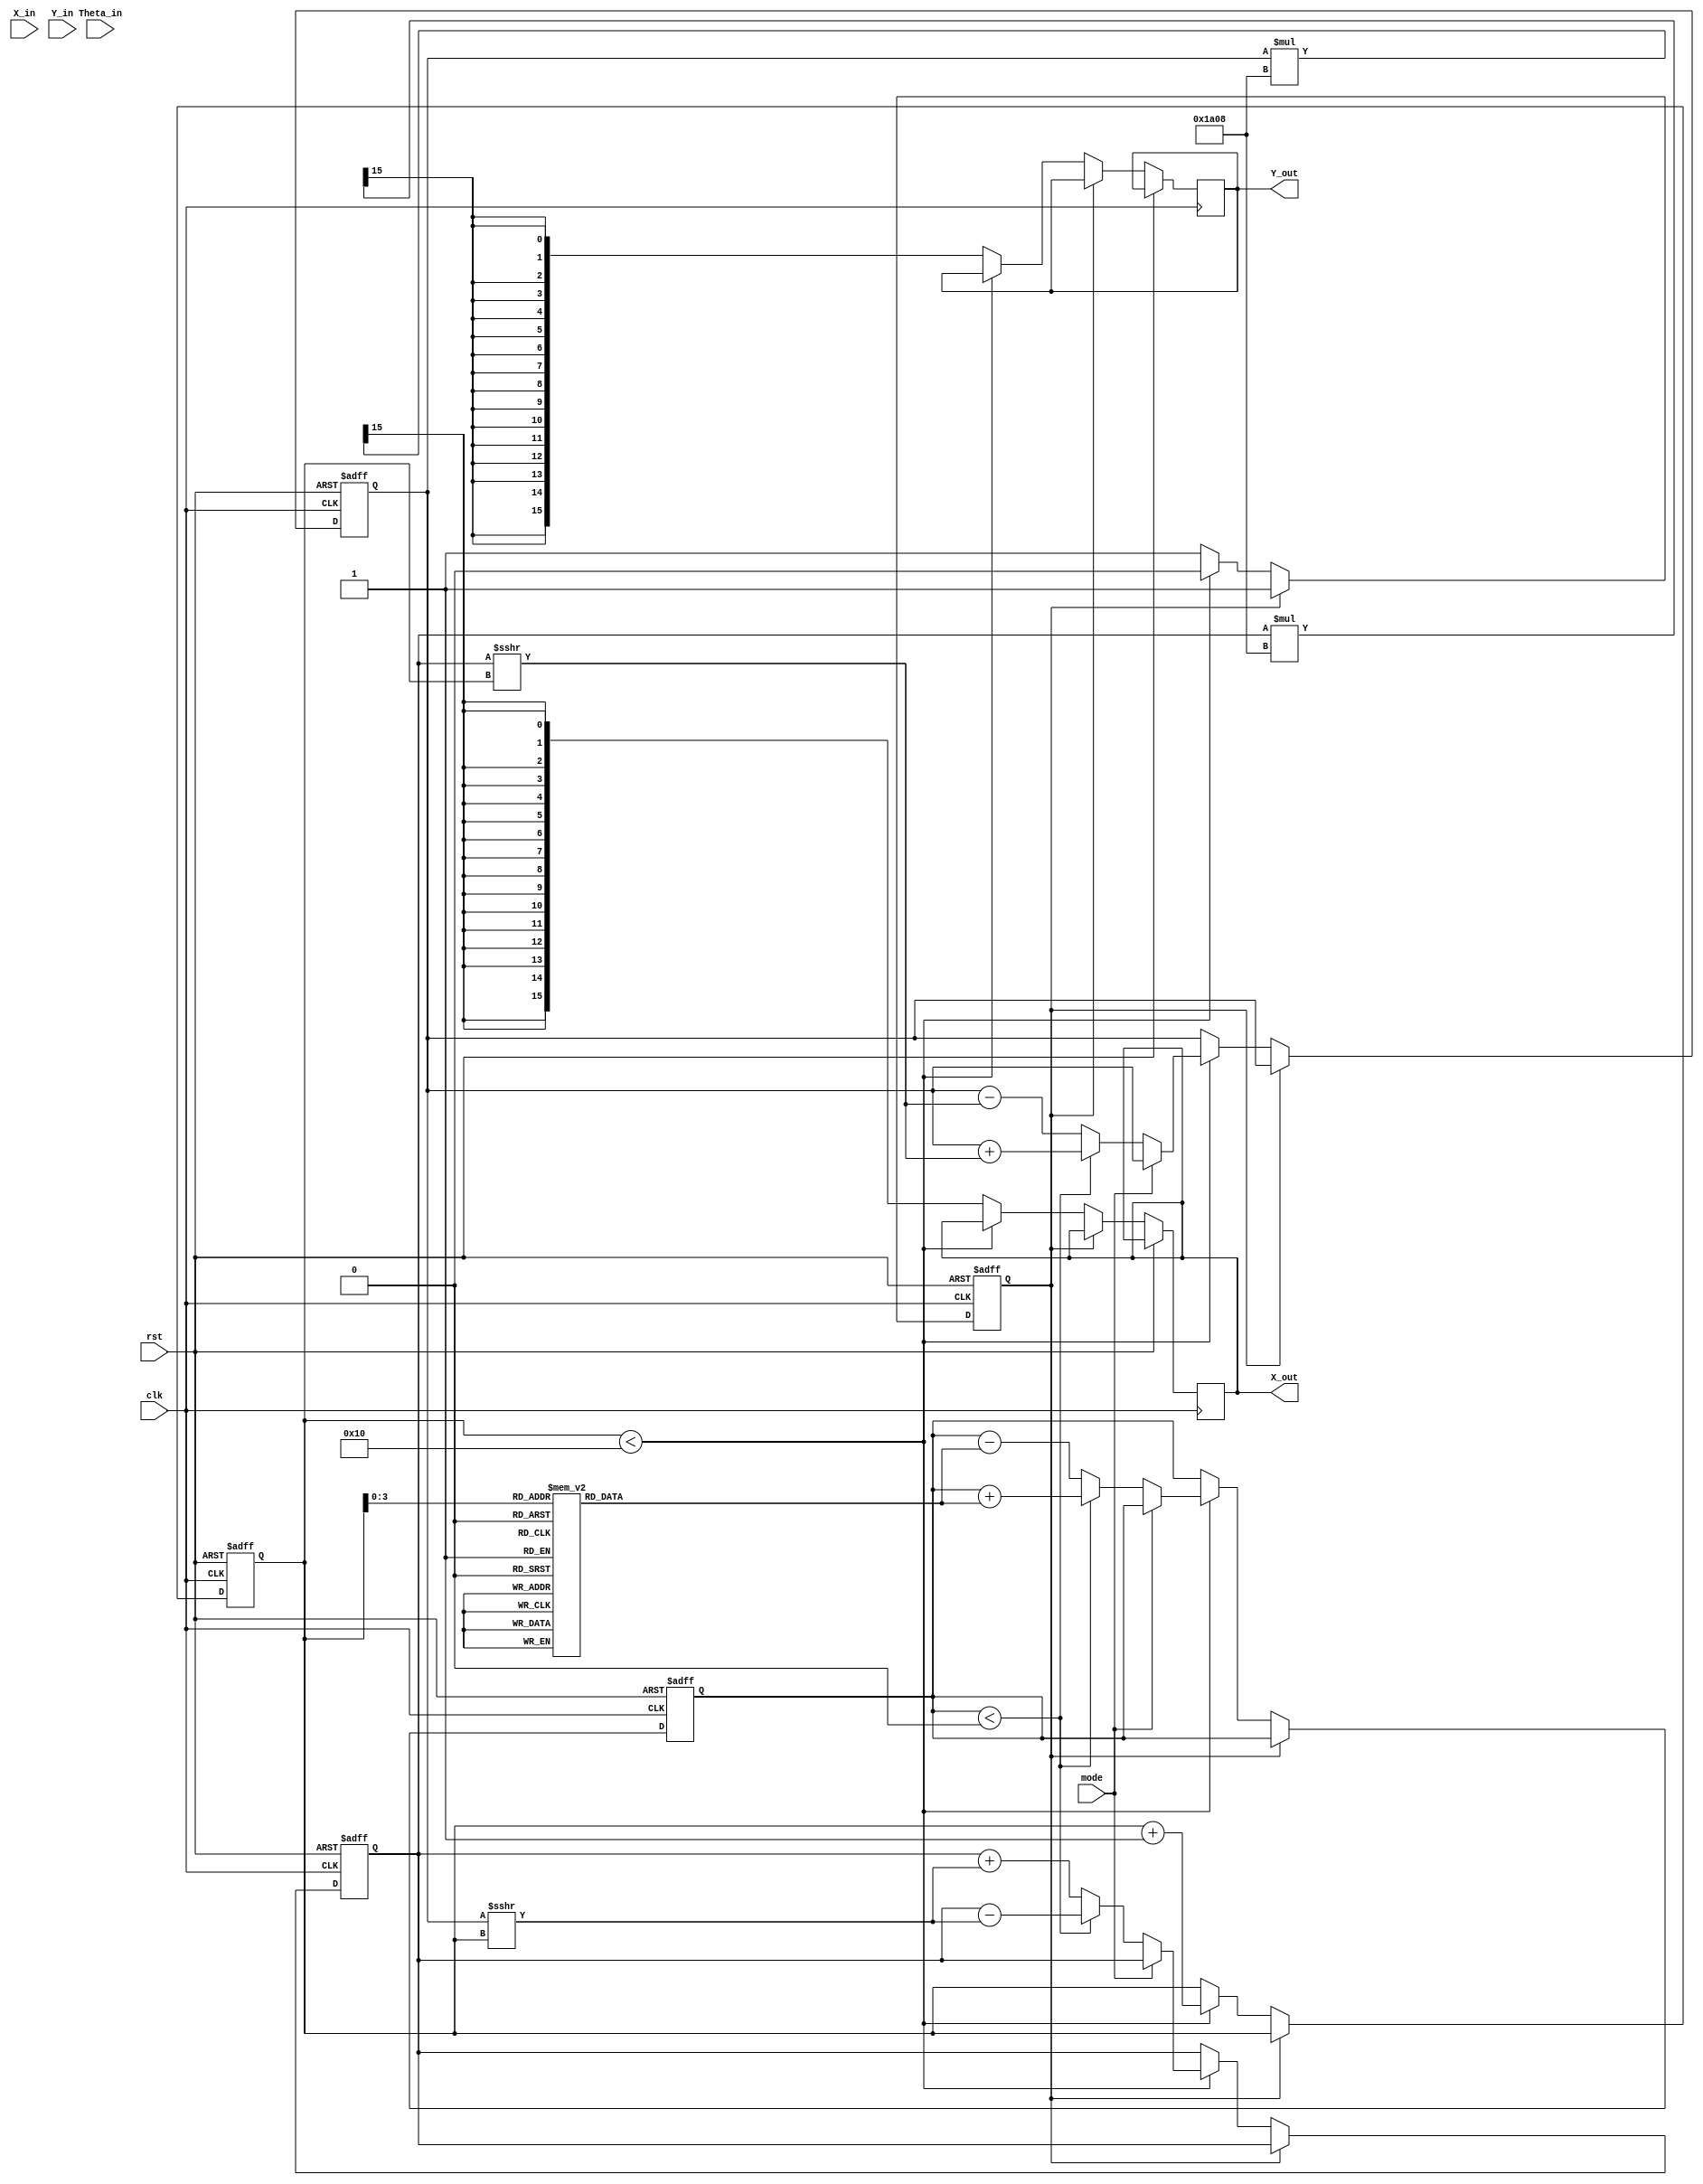
module complex_cordic #(
    parameter DATA_WIDTH = 16, // Set to 32 for 32-bit implementation
    parameter NUM_ITERATIONS = 16
)(
    input wire clk,
    input wire rst,
    input wire signed [DATA_WIDTH-1:0] X_in,
    input wire signed [DATA_WIDTH-1:0] Y_in,
    input wire signed [DATA_WIDTH-1:0] Theta_in,
    input wire mode, // 0 for rotation, 1 for vectoring
    output reg signed [DATA_WIDTH-1:0] X_out,
    output reg signed [DATA_WIDTH-1:0] Y_out
);

    // Constants for angle look-up table and scaling factor
    reg signed [DATA_WIDTH-1:0] atan_LUT [0:NUM_ITERATIONS-1];
    reg signed [DATA_WIDTH-1:0] scaling_factor;
    
    initial begin
        // Filling angle lookup table (values need to be calculated based on atan)
        // atan_LUT[0] = atan(2^-0)
        atan_LUT[0] = 16'h26A2; // approximately for atan(0.5) in Q15 format
        atan_LUT[1] = 16'h1DAC; // approximately for atan(0.25)
        atan_LUT[2] = 16'h0D72; // approximately for atan(0.125)
        //... fill for additional iterations

        // Define scaling factor
        scaling_factor = 16'h1A08; // typical scaling factor for CORDIC
    end

    // Register definitions
    reg signed [DATA_WIDTH-1:0] X_reg, Y_reg, Theta_reg;
    reg [NUM_ITERATIONS-1:0] iteration;
    reg done;

    // Sequential Logic for CORDIC operation
    always @(posedge clk or posedge rst) begin
        if (rst) begin
            X_reg <= 0;
            Y_reg <= 0;
            Theta_reg <= 0;
            iteration <= 0;
            done <= 0;
        end else if (!done) begin
            if (iteration < NUM_ITERATIONS) begin
                // Compute angle comparison (rotation mode)
                if (mode == 0) begin
                    if (Theta_reg < 0) begin
                        X_reg <= X_reg + (Y_reg >>> iteration);
                        Y_reg <= Y_reg - (X_reg >>> iteration);
                        Theta_reg <= Theta_reg + atan_LUT[iteration];
                    end else begin
                        X_reg <= X_reg - (Y_reg >>> iteration);
                        Y_reg <= Y_reg + (X_reg >>> iteration);
                        Theta_reg <= Theta_reg - atan_LUT[iteration];
                    end
                end
                // Compute for vectoring mode
                else begin
                    // Vectoring logic addition, which may differ from rotation
                    // Implementation here depends on requirements
                end
                
                iteration <= iteration + 1;
            end else begin
                done <= 1;
                // After last iteration, apply scaling
                X_out <= X_reg * scaling_factor >>> (NUM_ITERATIONS);
                Y_out <= Y_reg * scaling_factor >>> (NUM_ITERATIONS);
            end
        end
    end

endmodule